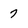
Character: 7